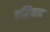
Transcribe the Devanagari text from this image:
बद्धिवाद